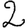
Digit: 2